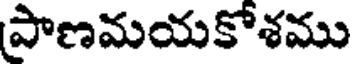
పాణమయకోశము